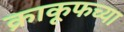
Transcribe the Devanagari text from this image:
क्राकूफच्या